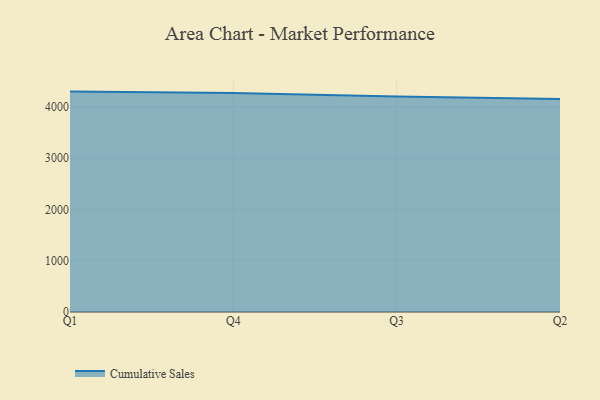
{"axis": {"x": "Quarter", "y": "Gross Profit (USD K)"}, "legend": ["Cumulative Sales"], "data": [{"x": "Q1", "y": 4298.7, "type": "Cumulative Sales"}, {"x": "Q4", "y": 4269.5, "type": "Cumulative Sales"}, {"x": "Q3", "y": 4202.0, "type": "Cumulative Sales"}, {"x": "Q2", "y": 4153.8, "type": "Cumulative Sales"}]}